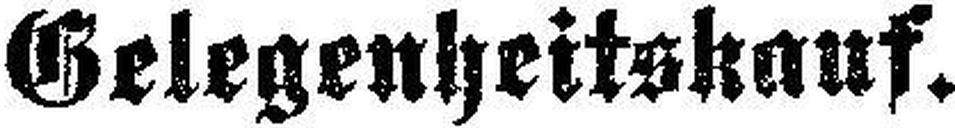
Gelegenheitskauf.